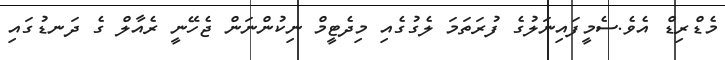
މެޑްރިޑް އެވެ.ސެމީފައިނަލުގެ ފުރަތަމަ ލެގުގެއި މިދެޓީމް ނިކުންނަން ޖެހޭނީ ރެއާލް ގެ ދަނޑުގައި